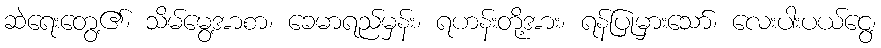
ဆဲရေးတွေ့၏၊ သိမ်မွေ့အာစာ၊ ခေမာရည်မှန်း၊ ရဟန်းတို့အား၊ ရန်ပြုမှားသော်၊ လေးပါးပယ်ငွေ့၊